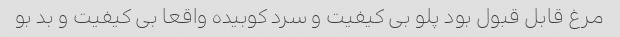
مرغ قابل قبول بود پلو بی کیفیت و سرد کوبیده واقعا بی کیفیت و بد بو